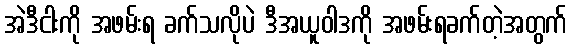
အဲဒီငါးကို အဖမ်းရ ခက်သလိုပဲ ဒီအယူဝါဒကို အဖမ်းရခက်တဲ့အတွက်